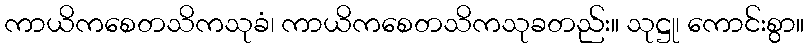
ကာယိကစေတသိကသုခံ၊ ကာယိကစေတသိကသုခတည်း။ သုဋ္ဌု၊ ကောင်းစွာ။